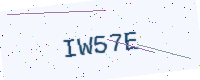
Text: IW57E